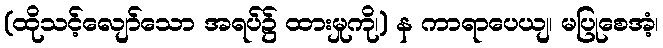
(ထိုသင့်လျော်သော အရပ်၌ ထားမှုကို၊) န ကာရာပေယျ၊ မပြုစေအံ့၊